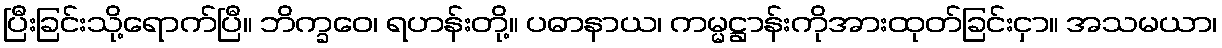
ပြီးခြင်းသို့ရောက်ပြီ။ ဘိက္ခဝေ၊ ရဟန်းတို့။ ပဓာနာယ၊ ကမ္မဋ္ဌာန်းကိုအားထုတ်ခြင်းငှာ။ အသမယာ၊